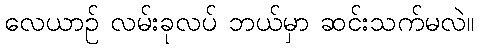
လေယာဉ် လမ်းခုလပ် ဘယ်မှာ ဆင်းသက်မလဲ။